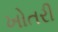
ખોતરી